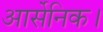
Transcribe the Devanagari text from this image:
आर्सेनिक।